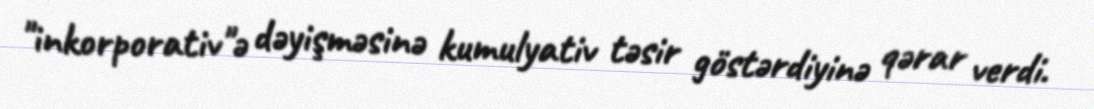
"inkorporativ"ə dəyişməsinə kumulyativ təsir göstərdiyinə qərar verdi.